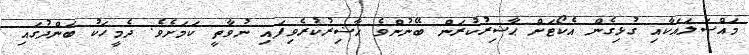
މައްސަލައަކާއި ގުޅިގެން އެކޯޓަށް ޙާޟިރުކުރަން ބޭނުންވެ ޙާޟިރުކުރެވިފައި ނުވާތީ ކަމަށެވެ. ދެމީހަކު ބަންދުގައި